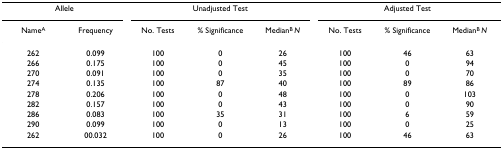
<table><thead><tr><td colspan="2"><b>Allele</b></td><td colspan="3"><b>Unadjusted Test</b></td><td colspan="3"><b>Adjusted Test</b></td></tr><tr><td><b>Name<sup>A</sup></b></td><td><b>Frequency</b></td><td><b>No. Tests</b></td><td><b>% Significance</b></td><td><b>Median<sup>B </sup><i>N</i></b></td><td><b>No. Tests</b></td><td><b>% Significance</b></td><td><b>Median<sup>B </sup><i>N</i></b></td></tr></thead><tbody><tr><td>262</td><td>0.099</td><td>100</td><td>0</td><td>26</td><td>100</td><td>46</td><td>63</td></tr><tr><td>266</td><td>0.175</td><td>100</td><td>0</td><td>45</td><td>100</td><td>0</td><td>94</td></tr><tr><td>270</td><td>0.091</td><td>100</td><td>0</td><td>35</td><td>100</td><td>0</td><td>70</td></tr><tr><td>274</td><td>0.135</td><td>100</td><td>87</td><td>40</td><td>100</td><td>89</td><td>86</td></tr><tr><td>278</td><td>0.206</td><td>100</td><td>0</td><td>48</td><td>100</td><td>0</td><td>103</td></tr><tr><td>282</td><td>0.157</td><td>100</td><td>0</td><td>43</td><td>100</td><td>0</td><td>90</td></tr><tr><td>286</td><td>0.083</td><td>100</td><td>35</td><td>31</td><td>100</td><td>6</td><td>59</td></tr><tr><td>290</td><td>0.099</td><td>100</td><td>0</td><td>13</td><td>100</td><td>0</td><td>25</td></tr><tr><td>262</td><td>00.032</td><td>100</td><td>0</td><td>26</td><td>100</td><td>46</td><td>63</td></tr></tbody></table>